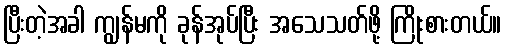
ပြီးတဲ့အခါ ကျွန်မကို ခုန်အုပ်ပြီး အသေသတ်ဖို့ ကြိုးစားတယ်။